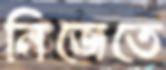
নিজেতে